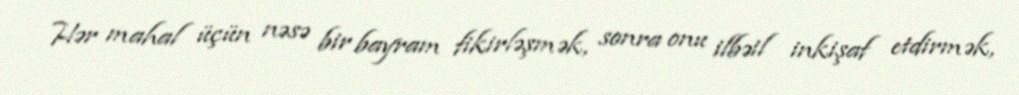
Hər mahal üçün nəsə bir bayram fikirləşmək, sonra onu ilbəil inkişaf etdirmək,